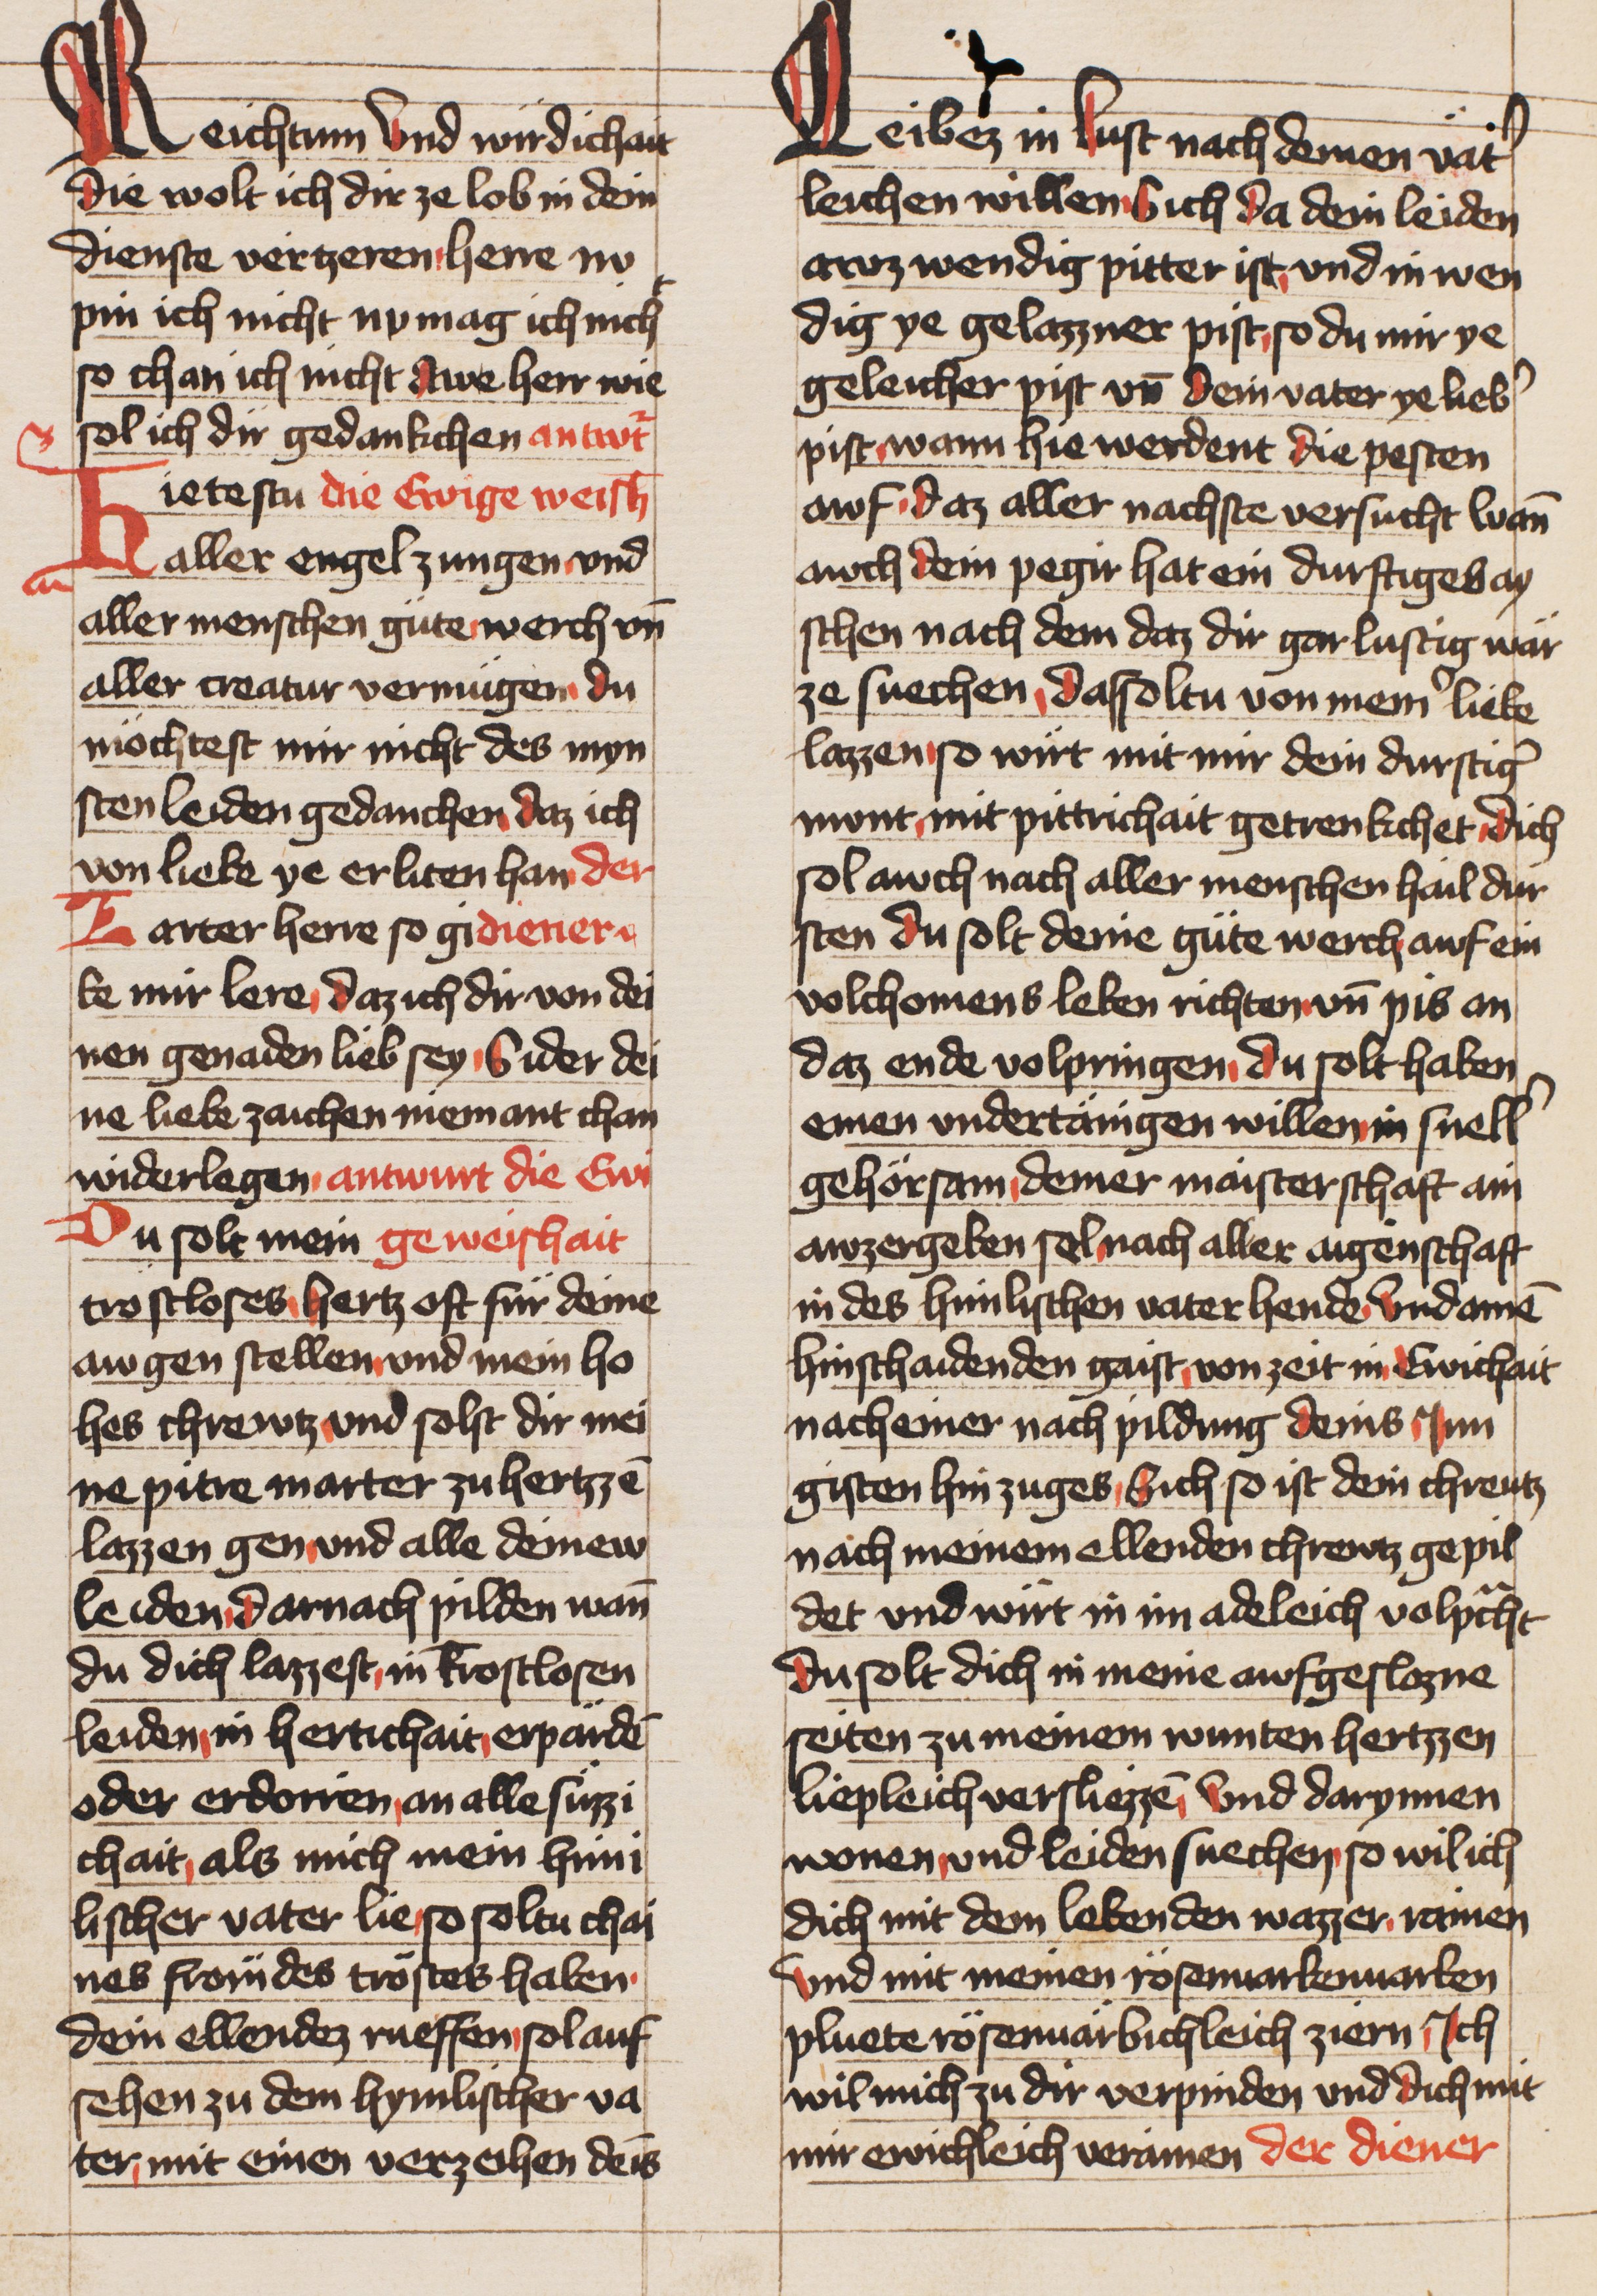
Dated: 1436–1436